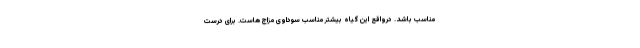
مناسب باشد. درواقع این گیاه بیشتر مناسب سوداوی مزاج هاست. برای درست